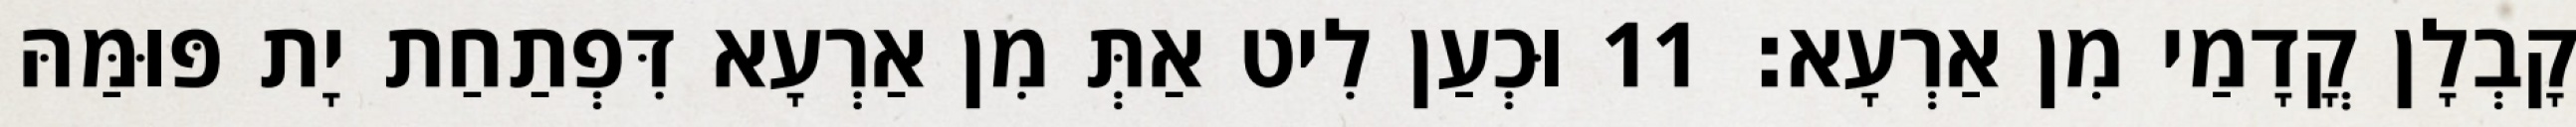
קָבְלָן קֳדָמַי מִן אַרְעָא׃ 11 וּכְעַן לִיט אַתְּ מִן אַרְעָא דִּפְתַחַת יָת פּוּמַּהּ